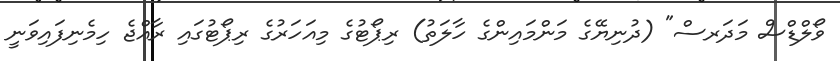
ވޯލްޑްސް މަދަރސް" (ދުނިޔޭގެ މަންމައިންގެ ހާލަތު) ރިޕޯޓުގެ މިއަހަރުގެ ރިޕޯޓުގައި ރާއްޖެ ހިމެނިފައިވަނީ